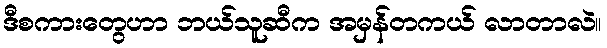
ဒီစကားတွေဟာ ဘယ်သူဆီက အမှန်တကယ် လာတာလဲ။